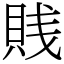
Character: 賎